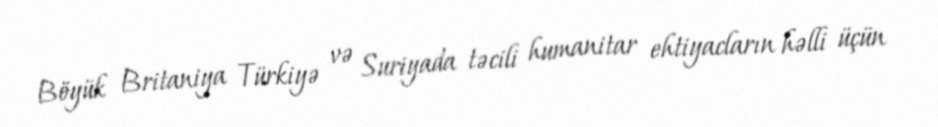
Böyük Britaniya Türkiyə və Suriyada təcili humanitar ehtiyacların həlli üçün